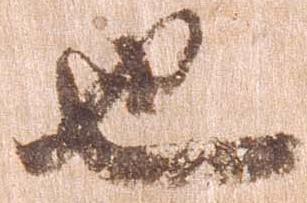
也